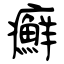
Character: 癬